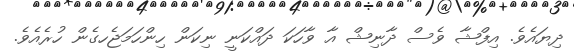
ދިޔައެވެ. އިފްޝާ ވެސް ދާނިޝް އާ ވާހަކަ ދައްކަނީ ނިކަން ހިންހަމަޖެހގެން ހުރެއެވެ.